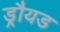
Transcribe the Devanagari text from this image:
ड्रौयड